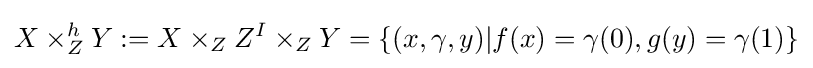
X\times _{Z}^{h}Y:=X\times _{Z}Z^{I}\times _{Z}Y=\{(x,\gamma ,y)|f(x)=\gamma (0),g(y)=\gamma (1)\}